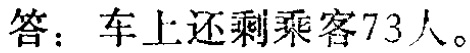
答：车上还剩乘客73人。